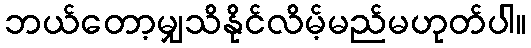
ဘယ်တော့မျှသိနိုင်လိမ့်မည်မဟုတ်ပါ။